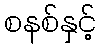
စနစ်နှင့်